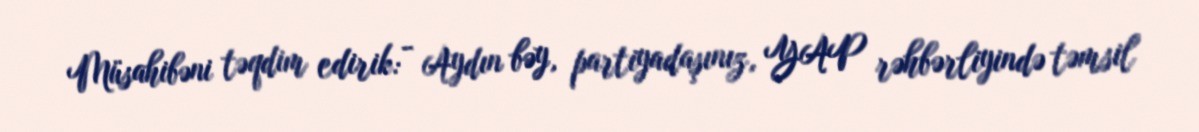
Müsahibəni təqdim edirik: - Aydın bəy, partiyadaşınız, YAP rəhbərliyində təmsil